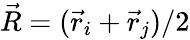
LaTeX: \vec{R}=(\vec{r}_{i}+\vec{r}_{j})/2